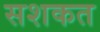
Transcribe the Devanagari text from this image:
सशकत